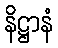
နိဋ္ဌာနံ